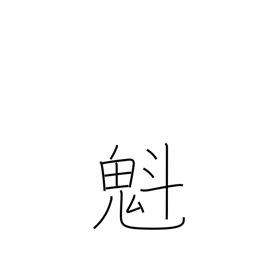
Meaning: charging ahead of others